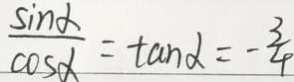
\frac { \sin \alpha } { \cos \alpha } = \tan \alpha = - \frac { 3 } { 4 }